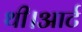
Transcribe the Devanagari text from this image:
थी।आर्ट